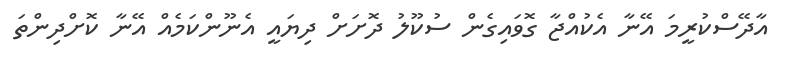
އާދޭސްކުރީމަ އޭނާ އެކުއްޖާ ގޮވައިގެން ސުކޫލު ދޮށަށް ދިޔައީ އެނޫންކަމެއް އޭނާ ކޮށްދިންތަ